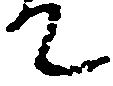
て